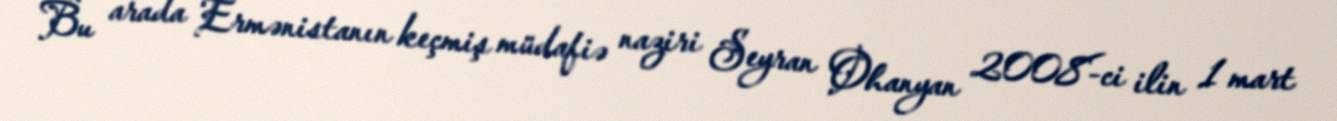
Bu arada Ermənistanın keçmiş müdafiə naziri Seyran Ohanyan 2008-ci ilin 1 mart